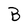
Character: B